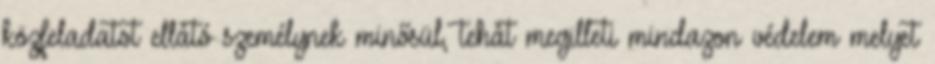
közfeladatot ellátó személynek minősül, tehát megilleti mindazon védelem melyet